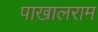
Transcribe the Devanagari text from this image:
पाखालराम